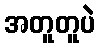
အတူတူပဲ